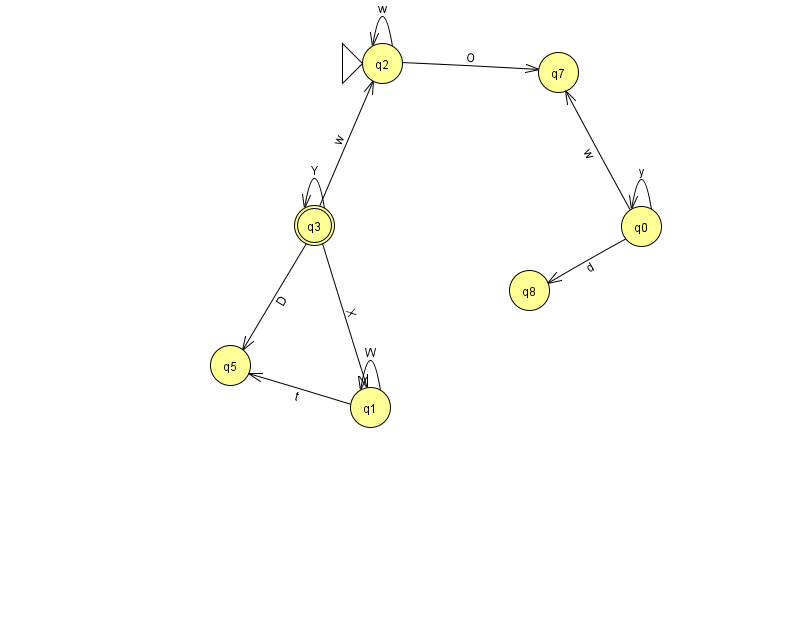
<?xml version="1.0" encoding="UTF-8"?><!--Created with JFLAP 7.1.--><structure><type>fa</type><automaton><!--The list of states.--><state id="0" name="q0"><x>641.0</x><y>213.0</y></state><state id="1" name="q1"><x>370.0</x><y>394.0</y></state><state id="2" name="q2"><x>382.0</x><y>50.0</y><initial/></state><state id="3" name="q3"><x>314.0</x><y>212.0</y><final/></state><state id="5" name="q5"><x>230.0</x><y>352.0</y></state><state id="7" name="q7"><x>558.0</x><y>59.0</y></state><state id="8" name="q8"><x>529.0</x><y>277.0</y></state><!--The list of transitions.--><transition><from>3</from><to>1</to><read>X</read></transition><transition><from>1</from><to>5</to><read>t</read></transition><transition><from>0</from><to>8</to><read>d</read></transition><transition><from>1</from><to>1</to><read>W</read></transition><transition><from>2</from><to>2</to><read>w</read></transition><transition><from>2</from><to>7</to><read>O</read></transition><transition><from>0</from><to>0</to><read>y</read></transition><transition><from>3</from><to>2</to><read>w</read></transition><transition><from>3</from><to>3</to><read>Y</read></transition><transition><from>0</from><to>7</to><read>w</read></transition><transition><from>3</from><to>5</to><read>D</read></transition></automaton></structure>